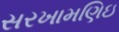
સરખામણિઇ